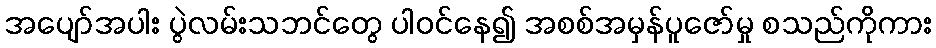
အပျော်အပါး ပွဲလမ်းသဘင်တွေ ပါဝင်နေ၍ အစစ်အမှန်ပူဇော်မှု စသည်ကိုကား